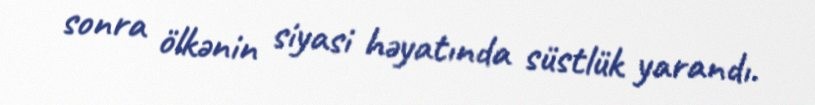
sonra ölkənin siyasi həyatında süstlük yarandı.